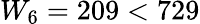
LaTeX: W_{6}=209<729